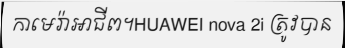
កាមេរ៉ាអាជីព។HUAWEI nova 2i ត្រូវបាន